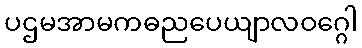
ပဌမအာမကဓညပေယျာလဝဂ္ဂေါ